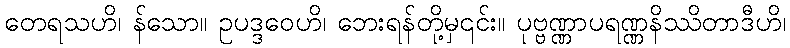
တေရသဟိ၊ န်သော။ ဥပဒ္ဒဝေဟိ၊ ဘေးရန်တို့မှ၎င်း။ ပုဗ္ဗဏ္ဏာပရဏ္ဏနိဿိတာဒီဟိ၊